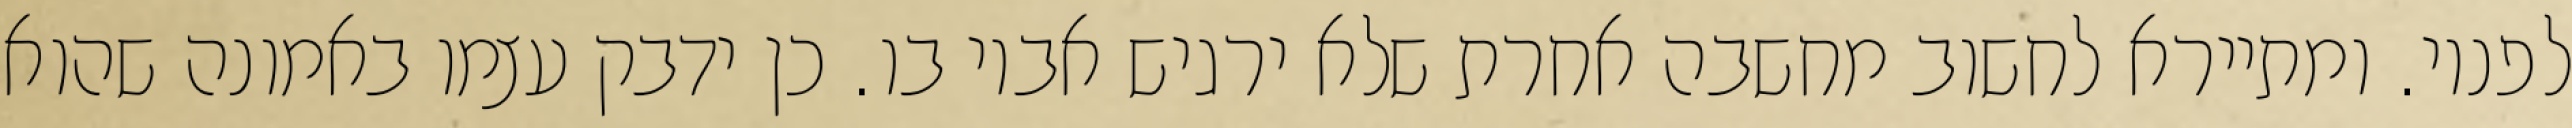
לפניו. ומתיירא לחשוב מחשבה אחרת שלא ירגיש אביו בו. כן ידבק עצמו באמונה שהוא